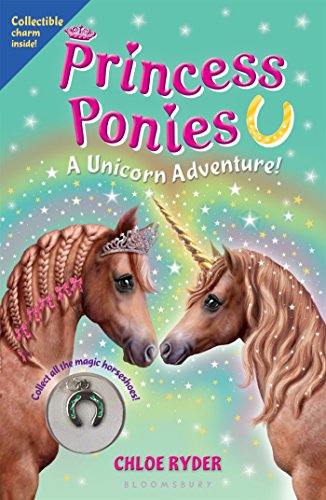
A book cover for Princess Ponies 4: A Unicorn Adventure!; Chloe Ryder; Children's Books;